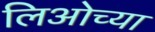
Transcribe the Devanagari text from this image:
लिओच्या